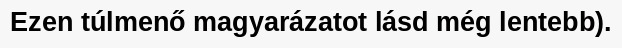
Ezen túlmenő magyarázatot lásd még lentebb).